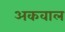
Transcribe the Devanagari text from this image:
अकवाल